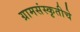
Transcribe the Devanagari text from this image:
ग्रामसंस्कृतीचे